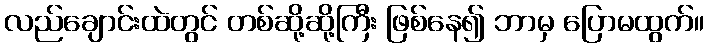
လည်ချောင်းထဲတွင် တစ်ဆို့ဆို့ကြီး ဖြစ်နေ၍ ဘာမှ ပြောမထွက်။